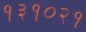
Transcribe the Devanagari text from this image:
१३१०२१